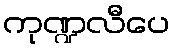
ကုဏ္ဍလီပေ